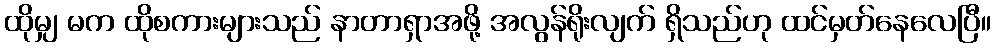
ထိုမျှ မက ထိုစကားများသည် နာတာရှာအဖို့ အလွန်ရိုးလျက် ရှိသည်ဟု ထင်မှတ်နေလေပြီ။